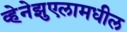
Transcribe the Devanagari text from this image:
व्हेनेझुएलामधील